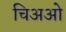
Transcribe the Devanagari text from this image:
चिअओ